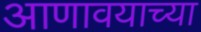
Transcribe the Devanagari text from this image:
आणावयाच्या